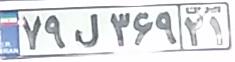
۷۹ل۳۶۹۲۱